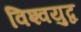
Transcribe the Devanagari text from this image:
विश्‍वयुद्व